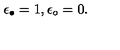
\epsilon _ { \bullet } = 1 , \epsilon _ { \circ } = 0 .